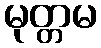
မုတ္တမ